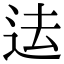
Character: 迲